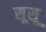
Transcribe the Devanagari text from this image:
सूसू